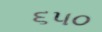
૬૫૦